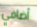
أضافي